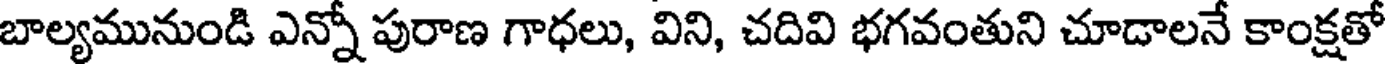
బాల్యమునుండి ఎన్నో పురాణ గాధలు, విని, చదివి భగవంతుని చూడాలనే కాంక్షతో